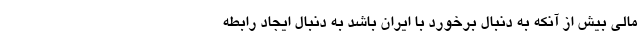
مالى بیش از آنکه به دنبال برخورد با ایران باشد به دنبال ایجاد رابطه